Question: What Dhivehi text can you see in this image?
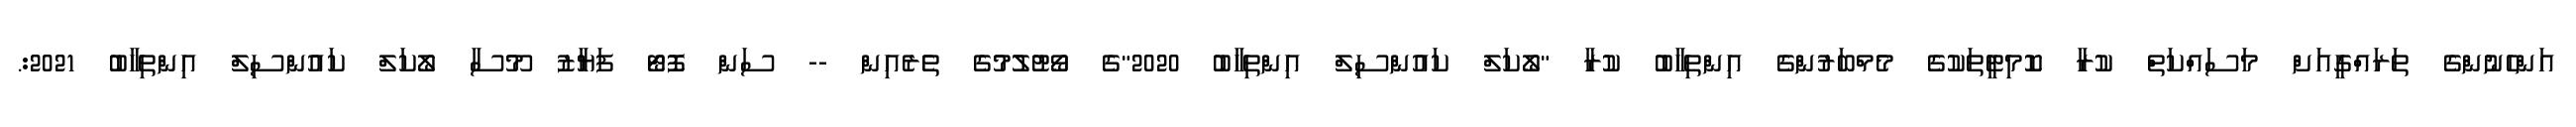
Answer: އަންހެނުންގެ ތަރައްގީއަށް މަސައްކަތް ކުރާ ކޮމިޓީތަކުގެ މެމްބަރުންގެ އިންތިހާބު ކުރާ "ލޯކަލް ކައުންސިލް އިންތިހާބު 2020"ގެ ވޯޓުލުމުގެ ތެރެއިން -- ސަން ފޮޓޯ ފަޔާޒު މޫސާ ލޯކަލް ކައުންސިލް އިންތިހާބު 2021:.